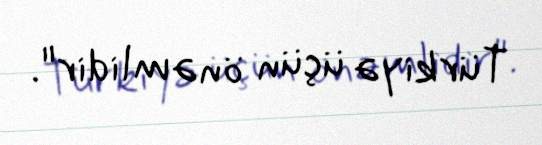
Türkiyə üçün önəmlidir".